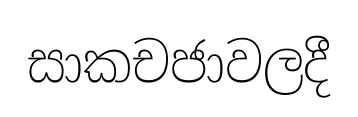
සාකචජාවලදී